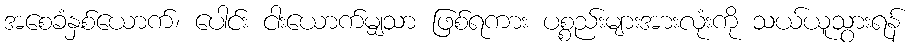
အစေခံနှစ်ယောက်၊ ပေါင်း ငါးယောက်မျှသာ ဖြစ်ရကား ပစ္စည်းများအားလုံးကို သယ်ယူသွားရန်